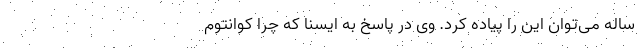
ساله می‌توان این را پیاده کرد. وی در پاسخ به ایسنا که چرا کوانتوم